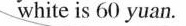
white is 60 yuan.